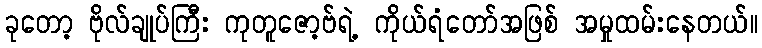
ခုတော့ ဗိုလ်ချုပ်ကြီး ကုတူဇော့ဗ်ရဲ့ ကိုယ်ရံတော်အဖြစ် အမှုထမ်းနေတယ်။